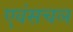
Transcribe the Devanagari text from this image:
एवंसचल